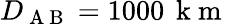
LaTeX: D_{\mathrm{~A~B~}}=1000\, \mathrm{~k~m~}